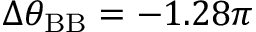
\Delta \theta _ { \mathrm { B B } } = - 1 . 2 8 \pi